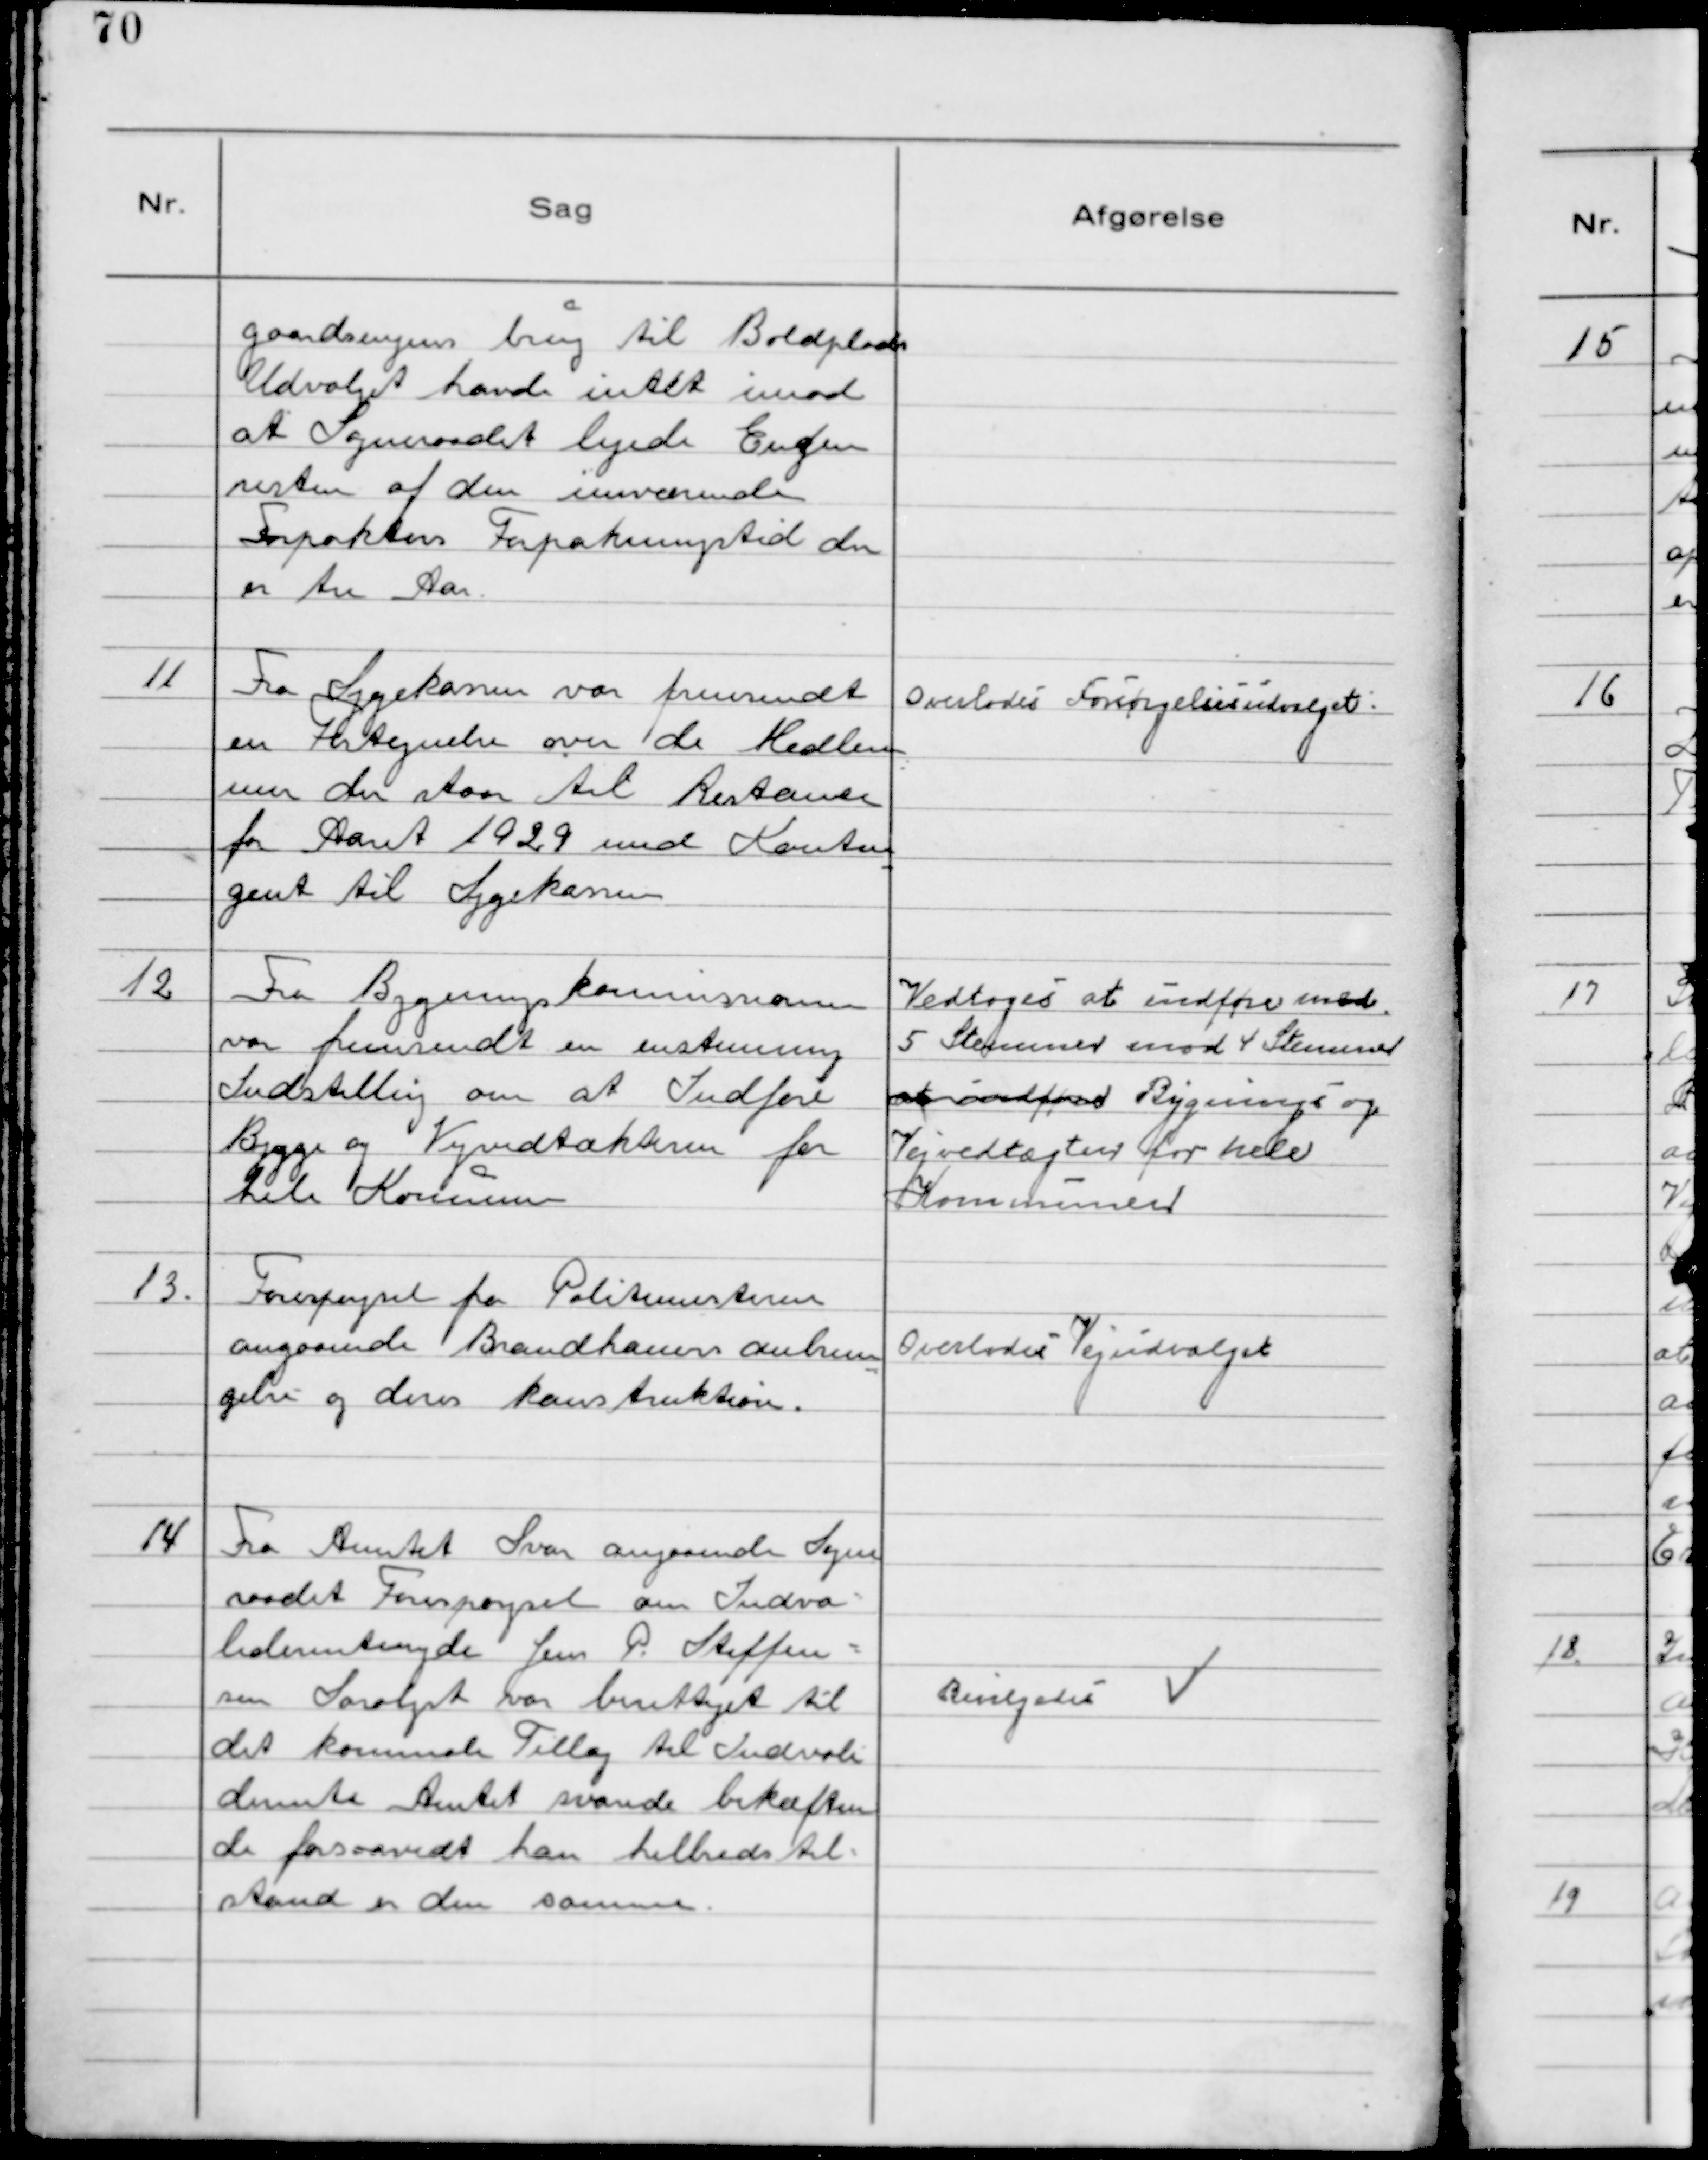
Transskription:
gaardsvejens brug til Boldplads
Udvalget havde intet imod
at Sogneraadet lejede Engen
resten af den ineværende
Forpakters Forpaktningstid der
er tre Aar.

11 Fra Sygekassen var fremsendt
en Fortegnelse over de Medlem
mer der staar til Restance
for Aaret 1929 med Kontin
gent til Sygekassen

Overlodes Forsørgelsesudvalget.

12 Fra Bygningskommisionen
var fremsendt en enstemmig
Indstilling om at Indføre
Bygge og Vejvedtækterne for
hele Kommunen

Vedtoges at indføre med
5 Stemmer mod 4 Stemmer
at indføre Bygnings og
Vejvedtægter for hele
Kommunen

13. Forespørgsel fra Politimesteren
angaaende Brandhaners anbrin
gelse og deres konstruktion.

Overlodes Vejudvalget

14 Fra Amtet Svar angaaende Sogne
raadet Forespørgsel om Indva-
liderentenyde Jens P. Steffen-
sen Saralyst var berettiget til
det kommunale Tillæg til Indvali
derente Amtet svarede bekræften
de forsaavidt han helbredstil-
stand er den samme

Bevilgedes